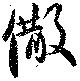
繖